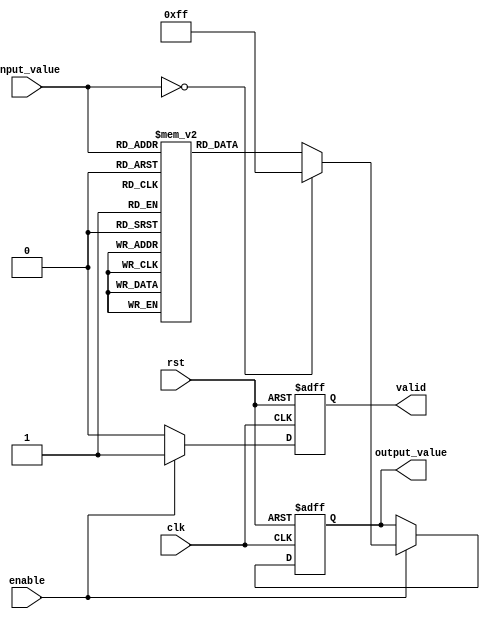
module lut_reciprocal (
    input wire clk,                // Clock input
    input wire rst,                // Reset input
    input wire [7:0] input_value,  // 8-bit input value
    input wire enable,             // Enable signal for LUT access
    output reg [7:0] output_value, // 8-bit output value (reciprocal)
    output reg valid               // Output valid signal
);

    // Define the size of the LUT
    parameter LUT_SIZE = 256;

    // LUT to store precomputed reciprocal values (fixed-point representation)
    reg [7:0] lut [0:LUT_SIZE-1];

    // Initialize the LUT with precomputed reciprocal values
    initial begin
        // Example initialization (values should be precomputed)
        // lut[0] = 8'hFF; // Undefined (reciprocal of 0)
        lut[1] = 8'hFF; // 1/1 = 1.0 (fixed-point representation)
        lut[2] = 8'h80; // 1/2 = 0.5 (fixed-point representation)
        lut[3] = 8'h55; // 1/3  0.333 (fixed-point representation)
        lut[4] = 8'h40; // 1/4 = 0.25 (fixed-point representation)
        // ... (fill in the rest of the LUT)
        lut[255] = 8'h00; // 1/255  0.0039 (fixed-point representation)
    end

    // Address generation and LUT access
    always @(posedge clk or posedge rst) begin
        if (rst) begin
            output_value <= 8'h00; // Reset output
            valid <= 1'b0;         // Reset valid signal
        end else if (enable) begin
            if (input_value == 8'h00) begin
                output_value <= 8'hFF; // Handle zero input (undefined)
                valid <= 1'b1;         // Output valid
            end else begin
                output_value <= lut[input_value]; // Get reciprocal from LUT
                valid <= 1'b1;         // Output valid
            end
        end else begin
            valid <= 1'b0;             // Output not valid if not enabled
        end
    end

endmodule